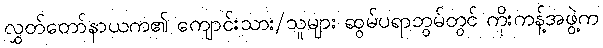
လွှတ်တော်နာယက၏ ကျောင်းသား/သူများ ဆွမ်ပရာဘွမ်တွင် ကိုးကန့်အဖွဲ့က